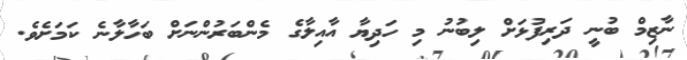
ނާޒިމް ބުނީ ދަރިފުޅަށް ލިބުނު މި ހަދިޔާ އާއިލާގެ މެންބަރުންނަށް ބަހާލާނެ ކަމަށެވެ.